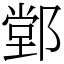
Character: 䣘